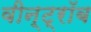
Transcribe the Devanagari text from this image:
वीन्ट्रॉब